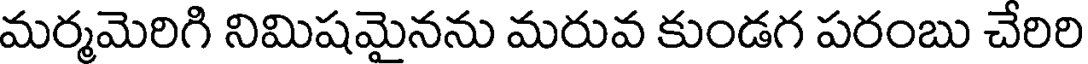
మర్మమెరిగి నిమిషమైనను మరువ కుండగ పరంబు చేరిరి